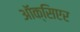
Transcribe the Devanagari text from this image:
ऑक्सिएर